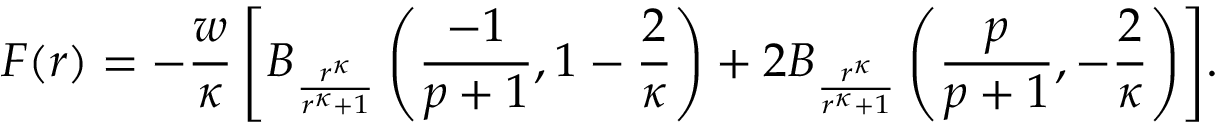
F ( r ) = - \frac { w } { \kappa } \left[ B _ { \frac { r ^ { \kappa } } { r ^ { \kappa } + 1 } } \left( \frac { - 1 } { p + 1 } , 1 - \frac { 2 } { \kappa } \right) + 2 B _ { \frac { r ^ { \kappa } } { r ^ { \kappa } + 1 } } \left( \frac { p } { p + 1 } , - \frac { 2 } { \kappa } \right) \right] \! .